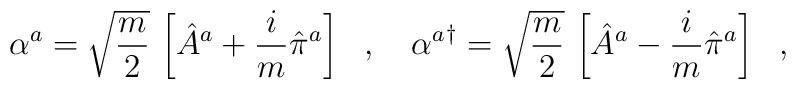
\alpha^a=\sqrt{\frac{m}{2}}\,\left[\hat{A}^a+\frac{i}{m}\hat{\pi}^a\right]\ \ ,\ \ \ {\alpha^a}^\dagger=\sqrt{\frac{m}{2}}\,\left[\hat{A}^a-\frac{i}{m}\hat{\pi}^a\right]\ \ ,